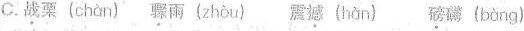
C.\underset{·}{战}栗( chàn ) \underset{·}{骤}雨( zhòu)震\underset{·}{撼}( hàn ) \underset{·}{磅}礴( bàng)